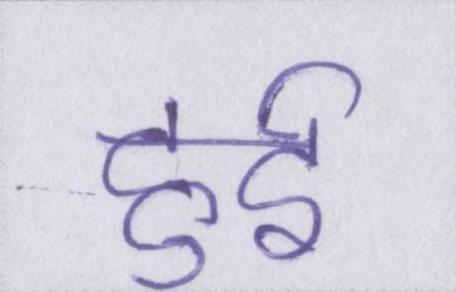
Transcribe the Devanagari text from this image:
हुर्इ